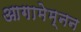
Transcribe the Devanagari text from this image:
आगामेम्नन